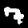
Digit: 7